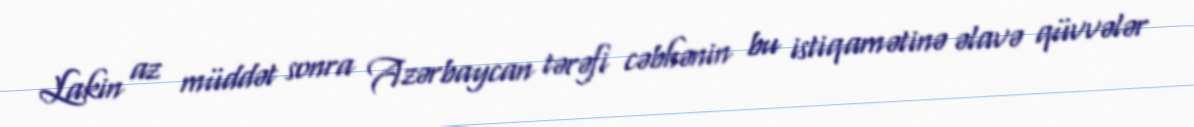
Lakin az müddət sonra Azərbaycan tərəfi cəbhənin bu istiqamətinə əlavə qüvvələr